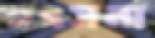
ভৎসনা